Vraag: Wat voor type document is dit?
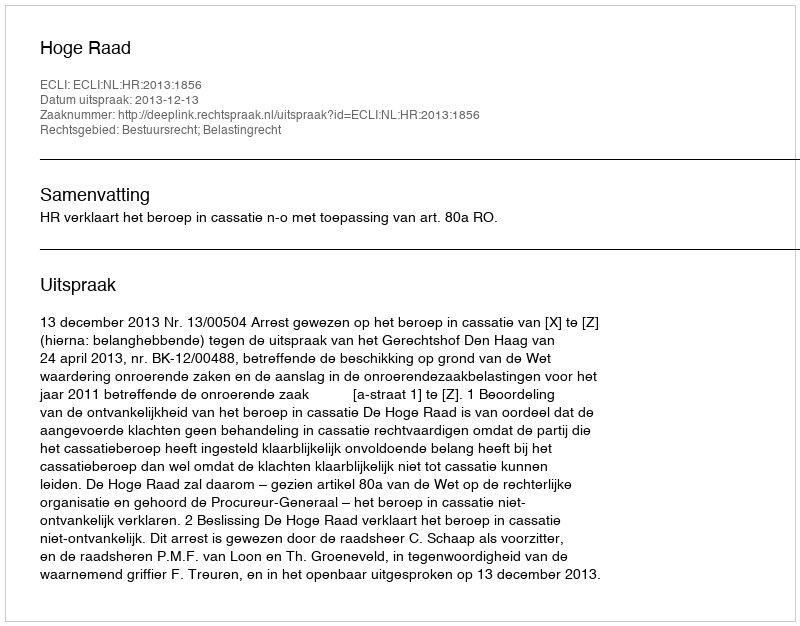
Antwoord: Uitspraak